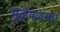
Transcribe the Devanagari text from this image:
मुळेगावच्या